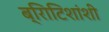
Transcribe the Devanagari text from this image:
ब्रिाटिशांशी